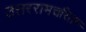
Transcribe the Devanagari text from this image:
उत्तररामचरितम्‍